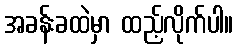
အခန်းခထဲမှာ ထည့်လိုက်ပါ။